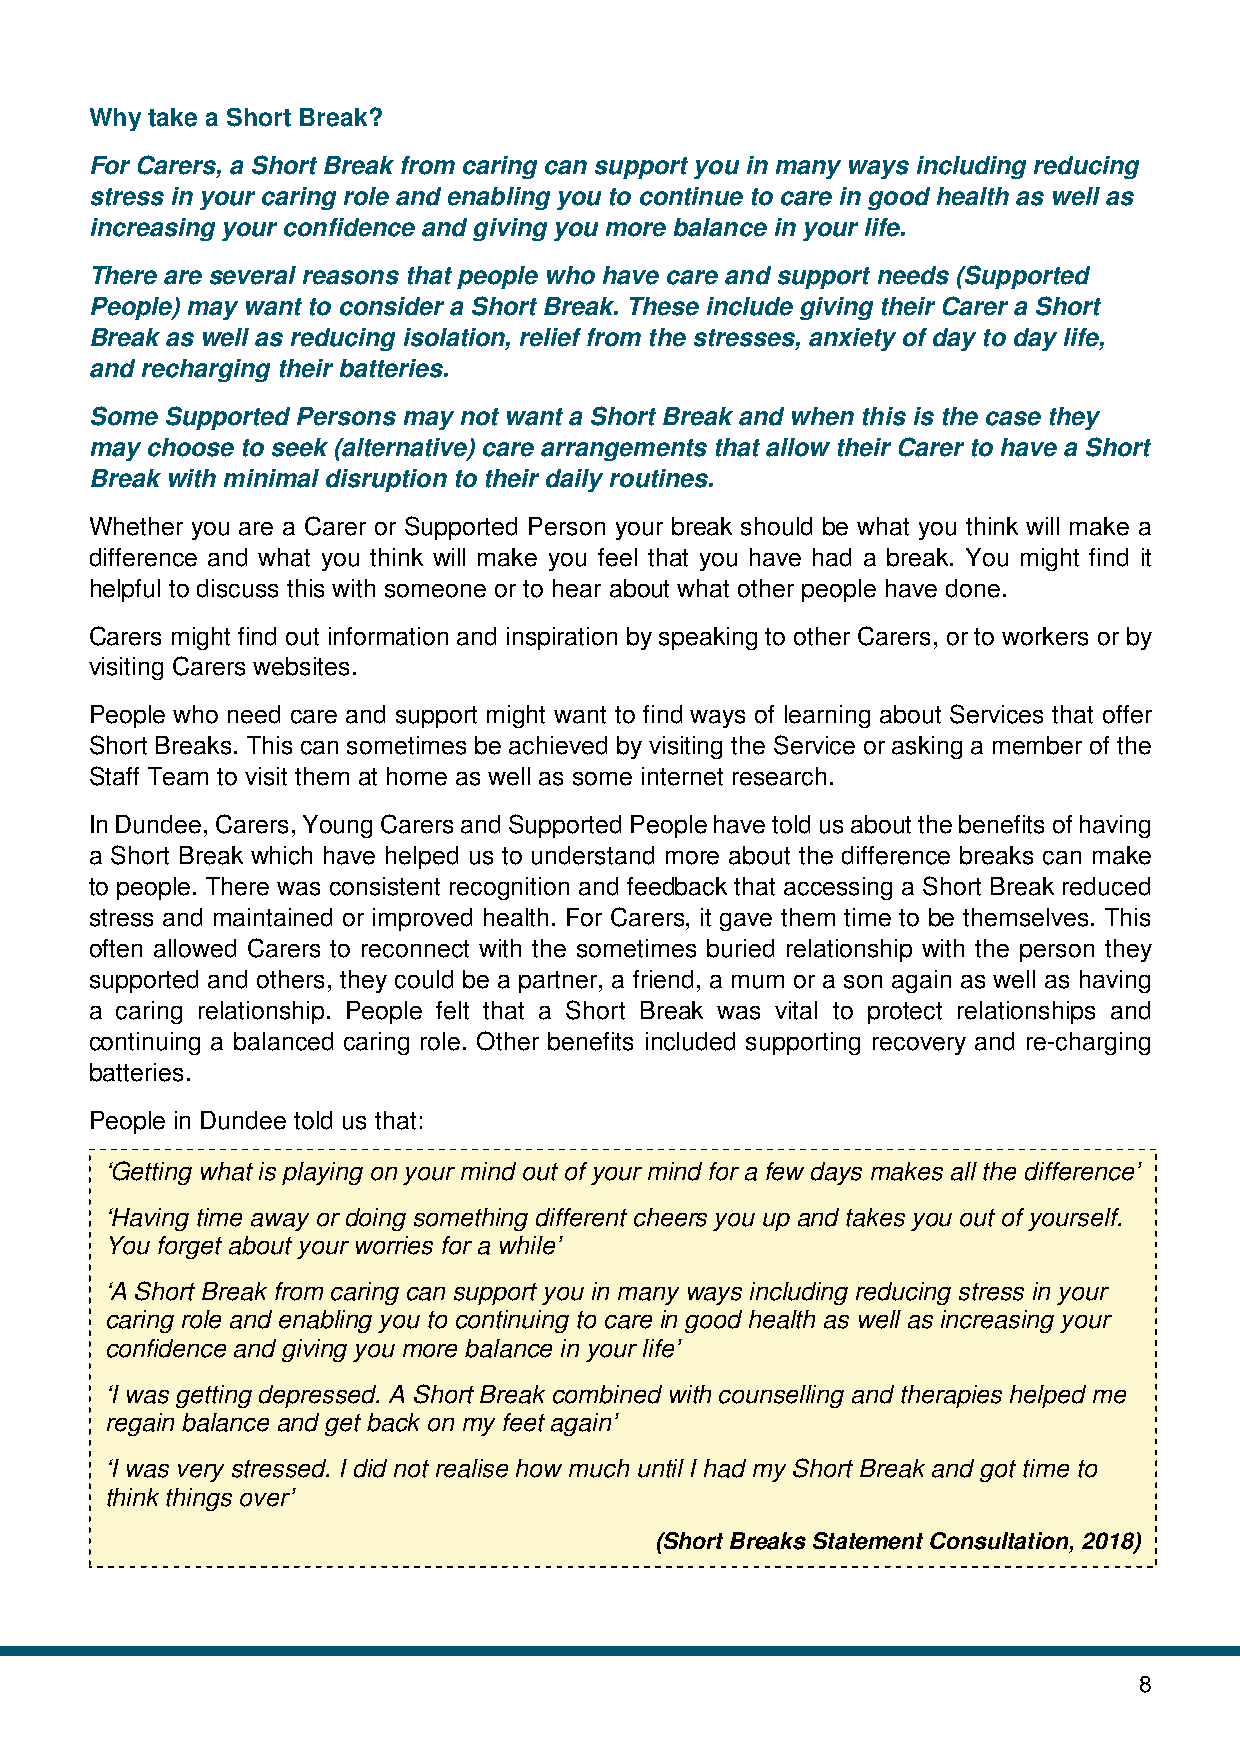
Why take a Short Break?
 For Carers, a Short Break from caring can support you in many ways including reducing
 stress in your caring role and enabling you to continue to care in good health as well as
 increasing your confidence and giving you more balance in your life.
 There are several reasons that people who have care and support needs (Supported
 People) may want to consider a Short Break. These include giving their Carer a Short
 Break as well as reducing isolation, relief from the stresses, anxiety of day to day life,
 and recharging their batteries.
 Some Supported Persons may not want a Short Break and when this is the case they
 may choose to seek (alternative) care arrangements that allow their Carer to have a Short
 Break with minimal disruption to their daily routines.
 Whether you are a Carer or Supported Person your break should be what you think will make a
 difference and what you think will make you feel that you have had a break. You might find it
 helpful to discuss this with someone or to hear about what other people have done.
 Carers might find out information and inspiration by speaking to other Carers, or to workers or by
 visiting Carers websites.
 People who need care and support might want to find ways of learning about Services that offer
 Short Breaks. This can sometimes be achieved by visiting the Service or asking a member of the
 Staff Team to visit them at home as well as some internet research.
 In Dundee, Carers, Young Carers and Supported People have told us about the benefits of having
 a Short Break which have helped us to understand more about the difference breaks can make
 to people. There was consistent recognition and feedback that accessing a Short Break reduced
 stress and maintained or improved health. For Carers, it gave them time to be themselves. This
 often allowed Carers to reconnect with the sometimes buried relationship with the person they
 supported and others, they could be a partner, a friend, a mum or a son again as well as having
 a caring relationship. People felt that a Short Break was vital to protect relationships and
 continuing a balanced caring role. Other benefits included supporting recovery and re-charging
 batteries.
 People in Dundee told us that:
 ‘Getting what is playing on your mind out of your mind for a few days makes all the difference’
 ‘Having time away or doing something different cheers you up and takes you out of yourself.
 You forget about your worries for a while’
 ‘A Short Break from caring can support you in many ways including reducing stress in your
 caring role and enabling you to continuing to care in good health as well as increasing your
 confidence and giving you more balance in your life’
 ‘I was getting depressed. A Short Break combined with counselling and therapies helped me
 regain balance and get back on my feet again’
 ‘I was very stressed. I did not realise how much until I had my Short Break and got time to
 think things over’
 (Short Breaks Statement Consultation, 2018)
 8